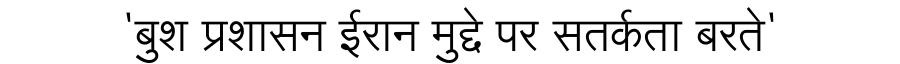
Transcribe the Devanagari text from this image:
'बुश प्रशासन ईरान मुद्दे पर सतर्कता बरते'